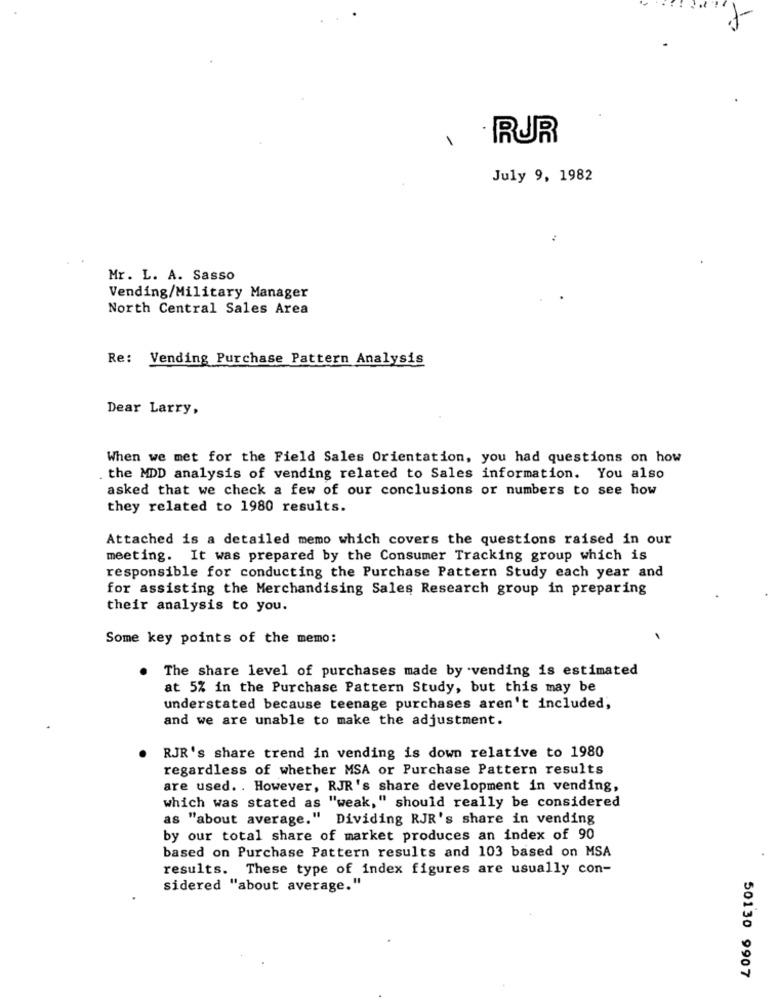
July 9, 1982
Mr. L. A. Sasso
Vending/Military Manager
North Central Sales Area
Re: Vending Purchase Pattern Analysis
Dear Larry,
When we met for the Field Sales Orientation, you had questions on how
. the MDD analysis of vending related to Sales information. You also
asked that we check a few of our conclusions or numbers to see how
they related to 1980 results.
Attached is a detailed memo which covers the questions raised in our
meeting. It was prepared by the Consumer Tracking group which is
responsible for conducting the Purchase Pattern Study each year and
for assisting the Merchandising Sales Research group in preparing
their analysis to you.
Some key points of the memo:
. The share level of purchases made by vending is estimated
at 5% in the Purchase Pattern Study, but this may be
understated because teenage purchases aren't included;
and we are unable to make the adjustment.
RJR's share trend in vending is down relative to 1980
regardless of whether MSA or Purchase Pattern results
are used. . However, RJR's share development in vending,
which was stated as "weak," should really be considered
." Dividing RJR's share in vending
as "about average."
by our total share of market produces an index of 90
based on Purchase Pattern results and 103 based on MSA
results. These type of index figures are usually con-
sidered "about average."
50130 9907